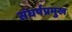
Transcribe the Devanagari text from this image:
संघर्षप्रमुख